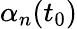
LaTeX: \alpha_{n}(t_{0})